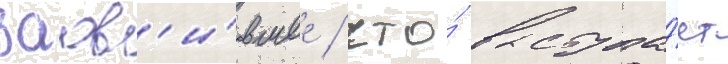
заав'и́вшее / что́ выступа́ет